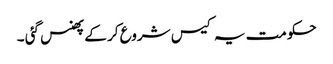
حکومت یہ کیس شروع کر کے پھنس گئی ۔